Vaccination United Provinces of Agra and Oudh 1902-1913 - 1902-1913
Year: 1902
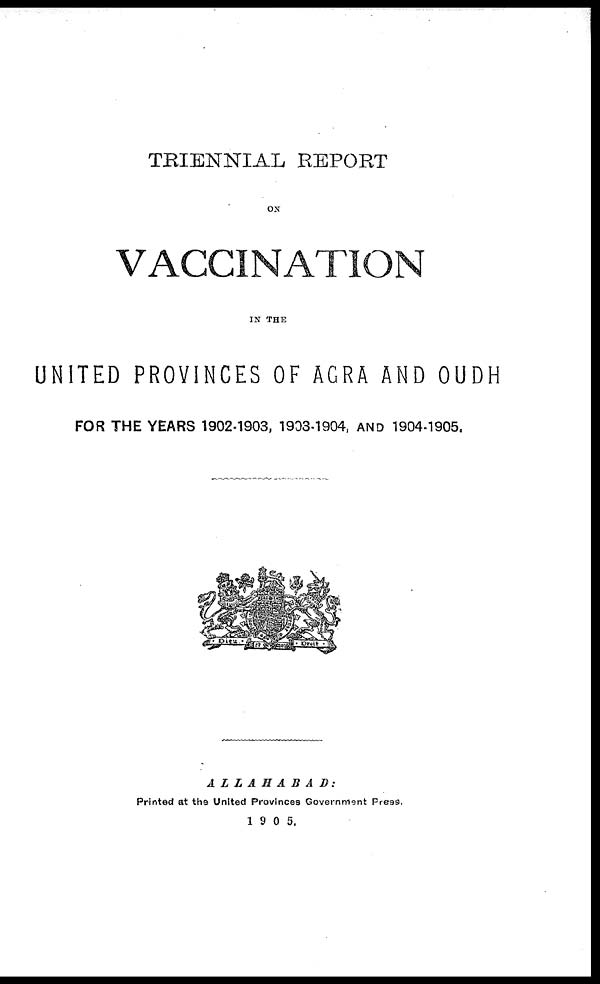
TRIENNIAL REPORT
ON
VACCINATION
IN THE
UNITED PROVINCES OF AGRA AND OUDH
FOR THE YEARS 1902-1903, 1903-1904, AND 1904-1905.
ALLAHABAD:
Printed at the United Provinces Government Press.
1905.